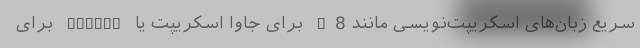
سریع زبان‌های اسکریپت‌نویسی مانند V8 برای جاوا اسکریپت یا playit برای